Annual administration and progress report of the Indian Medical Department, Bombay
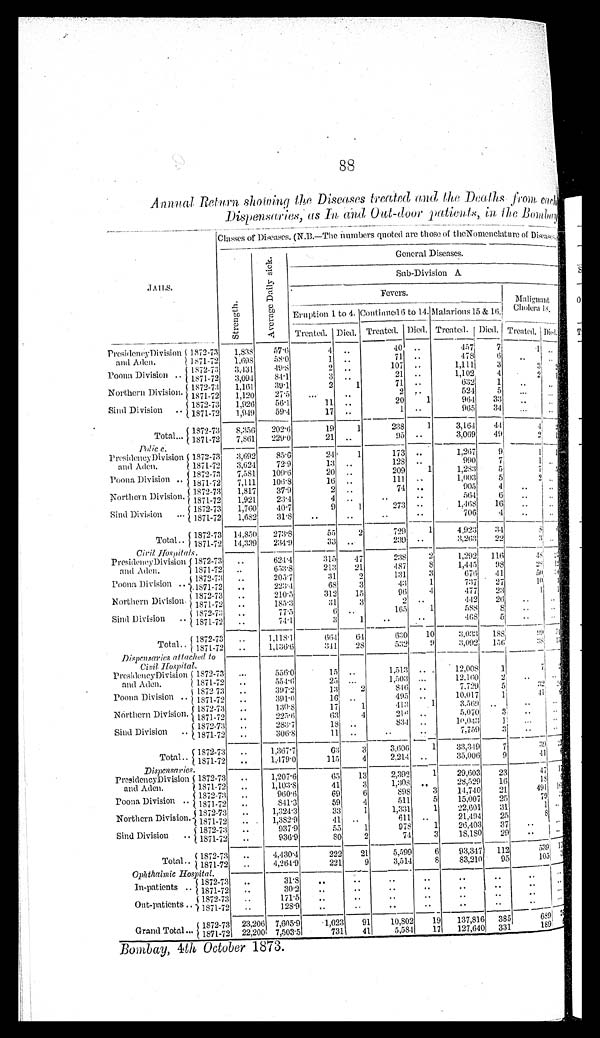
88
Annual Return showing tho Diseases treated and the Deaths from, each
Dispensaries as In and Out-door patients in the Bombay.
Classes Diseases (N.B—The Number quoted are those of the Nomenclature of Diseases.)
JAILS.
S t r e n g t h .
General Diseases.
A v e r a g e D a i l y s i c k .
Sub-Division A
F e v e r s . .
M a l i g n a n t C h o l e r a
18.
Eruption 1 to 4.
C o n t i n u e d 1 6 t o 1 4 .
-
Malarious 15 &1 6 .
Treated. Died.
Treated. Died. Treated. Died.
T r e a t e d . D i e d .
Presideney Division
and Aden.
1872-73 1,838 57.6
4
. .
40 ..
457
7
1 . .
1871-72 1.698
5 8 . 0
1 ..
71 ..
478 6
. .
. .
Poona Division .. 1872-73
3 . 1 3 1 49.8
2 ..
107 ..
1,111
3
3 2
1871-72
3,094
8 4 . 1
3 ..
21 ..
1,102
4
2 1
Northern Division.
1 8 7 2 - 7 3 1,161
3 9 . 1
2
1
71 . .
6 3 2 1
. . . .
1871-72
1,120
2 7 . 5
. .
. .
2 . .
5 2 4 5
. .
. .
Sind Division
.. 1872-73 1.926
5 6 . 1
11 ..
20
1
9 6 4
3 3
. .
. .
1871-72 1,949
5 9 . 4
17 . .
1 . .
965 34
. .
. .
Total... 1872-73 8.356 202.6
19
1
238
1
3,164 44
4 2
1871-72 7.861 229.0
21 ..
95 . .
3,069 49
2 1
Polic.c
Presideney Division
and Aden.
1 8 7 2 - 7 3 3,692
85.6
24
1
173 ..
1,267
9
1
1871-72 3,624
72.9
1 3 ..
128 ..
990
7
1 . .
Poona Division
.. 1872-73 7.581
1 0 9 . 6
20 . .
209
1
1,,283
5
7 . .
1871-72
7,111 106.3
16 ..
111
. .
1 , 0 0 3 5
2 . .
Northern Division.
1872-73
1.817
3 7 . 9
2 ..
74 . .
9 0 5
4
. . . .
1871-72
1 , 9 2 1 23.4
4 ..
..
5 6 4
6
. . . .
Sind Division ... 1872-73 1,760 40.7
9
1
273 . .
1, 468
1 6
. .
. .
1871-72 1,682 ,
31.8 ..
. . ..
. .
706
4 ..
. .
_____
Total...
1872-73 14.850
2 7 3 . 8
55
2
729
1
4,923 34
8 . .
1871-72 14.339 234.9
33 ..
239 . .
3 . 2 6 3 22
3 . .
Civil Hospital.
Presideney Division
and Aden.
1 8 7 2 - 7 3 ..
624.4
3 1 5 47
238
2
1,292 116
4 8
1871-72 ..
653.8
213 21
487
8
1 , 4 4 5 98
28 1
Poona Division
..
1 8 7 2 - 7 3 . .
205.7
3 1
2
1 3 1
3
6 7 6
4 1
5 0 . .
1 8 7 1 - 7 2
. .
2 2 3 . 4
68
3
4 3 1
7 3 7 27
1 0 . .
Northern Division.
1 8 7 2 - 7 3 ..
210.5
312
1 5
96 4
477
2 3
1 . .
1 8 7 1 - 7 2
. . . 185.3
3 1
3
2
. .
442 26 ..
. .
Sind Division ..
1 8 7 2 - 7 3 . .
7 7 . 5
6 ..
165
1
5 8 8 8 ..
. .
1 8 7 1 - 7 2 . .
74.1
3
1
. .
. .
4 6 8
5 ..
. .
Total.. 1872-73 ..
1.118.1
6 6 4 64
6 3 0
1 0
3 . 0 3 3 188
9 9 . .
1871-72
. .
1 . 1 3 6 . 6
3 4 1 28
532 29
3 . 0 9 2
1 5 6
3 8 . .
Di spansari es attached to
Ci vi l Hospi tal .
Presideney Division
and Aden.
1872-73 ...
556.0
15 ..
1.513 ..
12,008 1
7 . .
1 8 7 1 - 7 2 ..
5 5 4 . 6
2
5
..
1,503 ...
22.160
2 ..
. .
Poona Division ..
1 8 7 2 - 7 3 ..
3 9 7 . 2
1 3 2
8 4 6
. .
7 . 7 2 9
5
3 2 2
1 8 7 1 - 7 2 . .
3 9 1 . 0
1 6 ..
495 ..
10.017
1
4 1 . .
Northern Division.
1 8 7 2 - 7 3 ..
1 3 0 . 8
17
1
4 1 3 1
3 . 5 6 9
..
. .
1 8 7 1 - 7 2 . .
225.6 63 4
2 1 6 ..
5 . 0 7 0
3
. .
. .
Sind Division .. 1872-73
. .
2 8 3 . 7
18 ..
834 ..
1 0 . 0 4 3
1 .
. . . .
1 8 7 1 - 7 2
. .
3 0 6 . 8
11 ..
. .
. .
7.759
3 ..
. .
1872-73 ..
1,367.7
6 3
3
3 . 6 0 6 1
3 3 , 3 4 9
7
3 9 . .
Total.. 1871-72
. .
1 , 4 7 9 . 0
1 1 5
4
2.214 ..
35,006
9
4 1 . .
Di spensari es.
Presideney Division
1 8 7 2 - 7 3 ..
1,207.6
6 5
13
2,392
1 29,603 23
4 7 . .
and Aden.
1 8 7 1 - 7 2 ..
1 , 1 0 3 . 8
4 1
3
1,308 . .
28,329 16
1S . .
Poona Division ..
1 8 7 2 - 7 3
. . 960.6
69
6
898
3 14,740 21
4 9 1 . .
1 8 7 1 - 7 2 . .
8 4 1 . 3
59
4
511
5
15,007 25
7 9 . .
Northern Division. 1872-73
. .
1 , 3 2 4 . 3
3 3 1
1,3 3 1 1
2 2 , 6 0 1
3 1
1
1 8 7 1 - 7 2
. . 1,382.9
41 ..
611 ..
21,494
2 5
8 1
Sind Division .. 1872-73
. .
937.9
55
1
978
1
26,403 37 ..
. .
1 8 7 1 - 7 2 . .
936.9
8 0 2
7 4
3 18.180 29
. . . .
Total..
1 8 7 2 - 7 3
. .
430.4
222 21
5.599
6 93,347 112
5 3 9 1
1871-. 7 2
. .
4.264.9
221
9
3,514
8 83.210 95
1 0 5 3
Ophthalmic Hospital.
In-patients .. 1872-73
. .
3 1 . 8 ..
. .
..
. .
. .
..
. .
. .
1871-72
. .
3 0 . 2 ..
. .
. .
. .
. .
. .
. .
. .
Out-patients .. 1872-73 ..
1 7 1 . 5
. .
. .
. .
. .
. .
. .
. .
. .
1871-72
. .
128.9
. .
..
..
. .
. .
. .
. .
-
. .
Grand Total ... 1872-73 23,206 7,695.9
1,023 91 10,802 19 137,816 385
6 8 9 3
1871-72 22,200 7,503.5
731
41
5,581 17 137,640 331
1 8 9 1
Bombay, 4th October 1873.